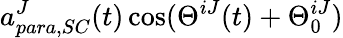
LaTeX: a_{para,SC}^{J}(t)\cos(\Theta^{iJ}(t)+\Theta_{0}^{iJ})